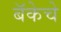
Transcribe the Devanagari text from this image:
बॅकेचे